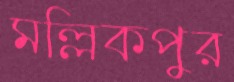
মল্লিকপুর